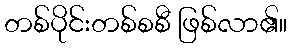
တစ်ပိုင်းတစ်စစီ ဖြစ်လာ၏။